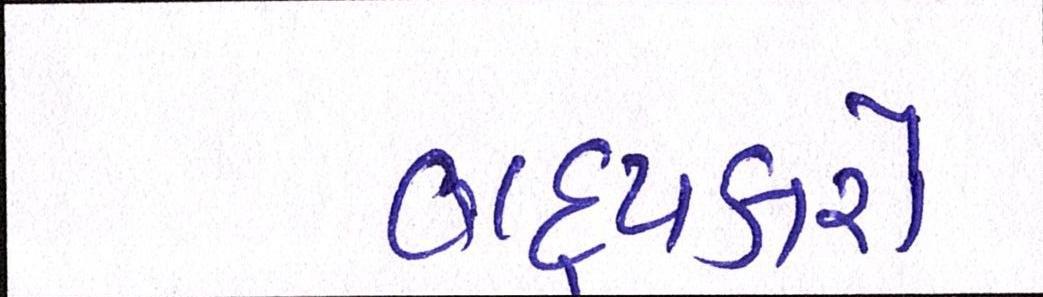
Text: વાદ્યકારો